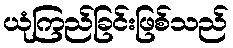
ယုံကြည်ခြင်းဖြစ်သည်